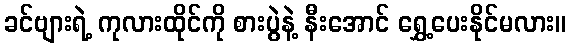
ခင်ဗျားရဲ့ ကုလားထိုင်ကို စားပွဲနဲ့ နီးအောင် ရွှေ့ပေးနိုင်မလား။